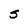
Character: S